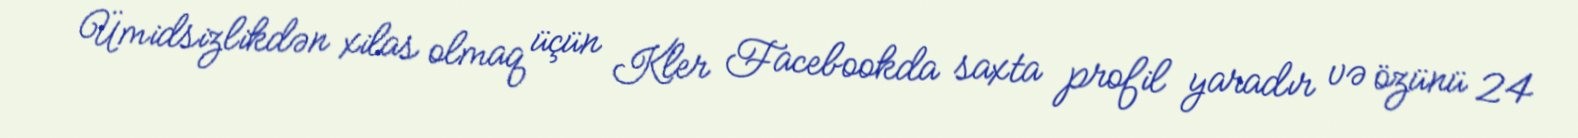
Ümidsizlikdən xilas olmaq üçün Kler Facebookda saxta profil yaradır və özünü 24